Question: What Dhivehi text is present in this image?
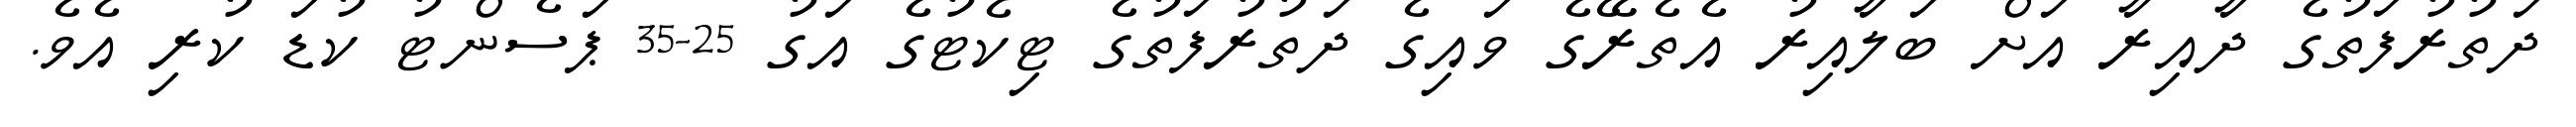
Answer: ދަތުރުފަތުގެ ދާއިރާ އަށް ބަލާއިރު އެތެރޭގެ ވައިގެ ދަތުރުފަތުގެ ޓިކެޓުގެ އަގު 25-35 ޕަސެންޓު ކުޑަ ކުރި އެވެ.